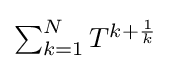
{\textstyle \sum _{k=1}^{N}T^{k+{\frac {1}{k}}}}